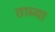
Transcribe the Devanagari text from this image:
ताब्या